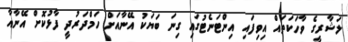
ލަޝާރީގެ ވާހަކަތައް އިވިފައި އިންޓަނެޓުގައި ގިނަ ބަޔަކު އޭނާއަށް ހަމްދަރުދީ ފާޅުކޮށް އޭނާއާ